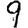
Digit: 9